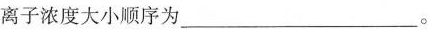
离子浓度大小顺序为___。